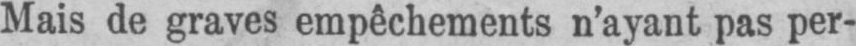
Mais de graves empêchements n’ayant pas per-